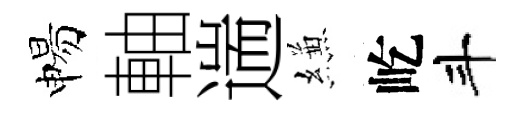
惕軸遄縑屹斗